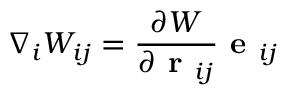
\nabla _ { i } W _ { i j } = \frac { \partial W } { \partial \textbf { r } _ { i j } } \textbf { e } _ { i j }